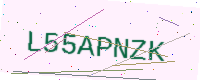
Text: L55APNZK